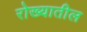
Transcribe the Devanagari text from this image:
रोख्यातील